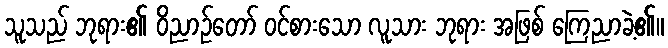
သူသည် ဘုရား၏ ဝိညာဉ်တော် ဝင်စားသော လူသား ဘုရား အဖြစ် ကြေညာခဲ့၏။